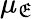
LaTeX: \mu_{\mathfrak{E}}